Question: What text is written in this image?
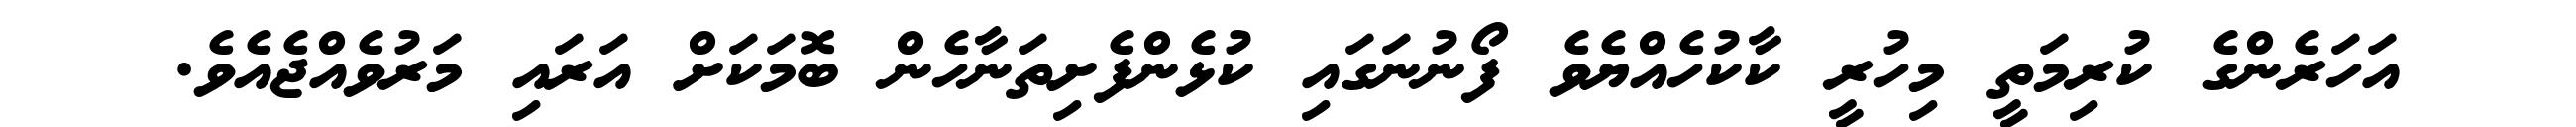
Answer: އަހަރެންގެ ކުރިމަތީ މިހުރީ ކާކުހެއްޔެވެ ފޯނުނަގައި ކުޅެންފެށިތަނާހެން ބޮމަކަށް އަރައި މަރުވެއްޖެއެވެ.